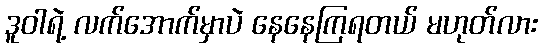
ဒူဝါရဲ့ လက်အောက်မှာပဲ နေနေကြရတယ် မဟုတ်လား